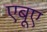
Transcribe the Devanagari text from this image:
एबूए